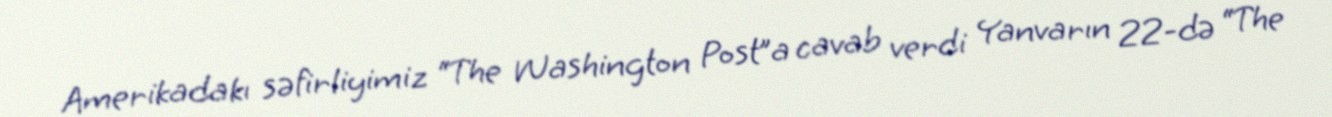
Amerikadakı səfirliyimiz “The Washington Post”a cavab verdi Yanvarın 22-də “The